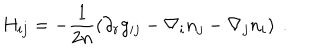
H _ { i j } = - \frac 1 { 2 n } \left( \partial _ { r } g _ { i j } - \nabla _ { i } n _ { j } - \nabla _ { j } n _ { i } \right) ~ .